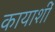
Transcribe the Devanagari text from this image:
कायाशीं